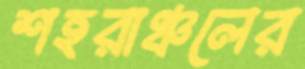
শহরাঞ্চলের